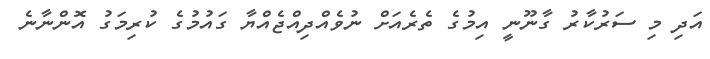
އަދި މި ސަރުކާރު ގާނޫނީ އިމުގެ ތެރެއަށް ނުވެއްދިއްޖެއްޔާ ގައުމުގެ ކުރިމަގު އޮންނާނެ